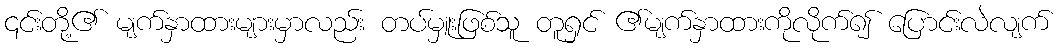
၎င်းတို့၏ မျက်နှာထားများမှာလည်း တပ်မှူးဖြစ်သူ တူရှင် ၏မျက်နှာထားကိုလိုက်၍ ပြောင်းလဲလျက်